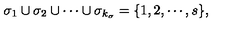
\sigma _ { 1 } \cup \sigma _ { 2 } \cup \cdots \cup \sigma _ { k _ { \sigma } } = \{ 1 , 2 , \cdots , s \} ,